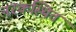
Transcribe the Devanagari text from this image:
नरकस्थित